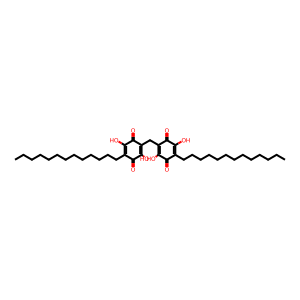
SMILES: CCCCCCCCCCCCCC1=C(O)C(=O)C(CC2=C(O)C(=O)C(CCCCCCCCCCCCC)=C(O)C2=O)=C(O)C1=O
Inhibits HIV replication: No